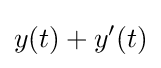
y(t)+y'(t)